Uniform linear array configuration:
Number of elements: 24
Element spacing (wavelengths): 0.75
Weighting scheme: kaiser
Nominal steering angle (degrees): -60
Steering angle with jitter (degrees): -61.77
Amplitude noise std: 0.05
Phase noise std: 0.05

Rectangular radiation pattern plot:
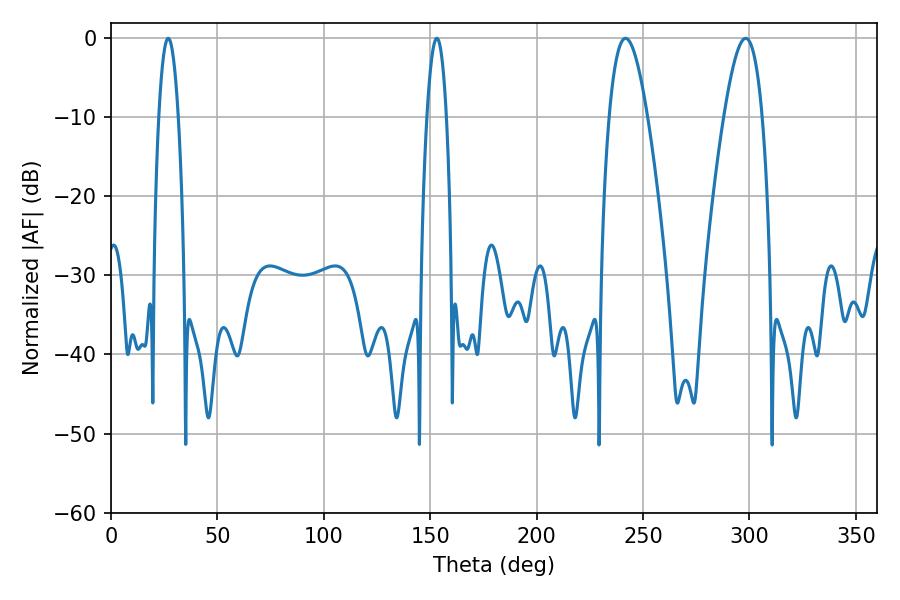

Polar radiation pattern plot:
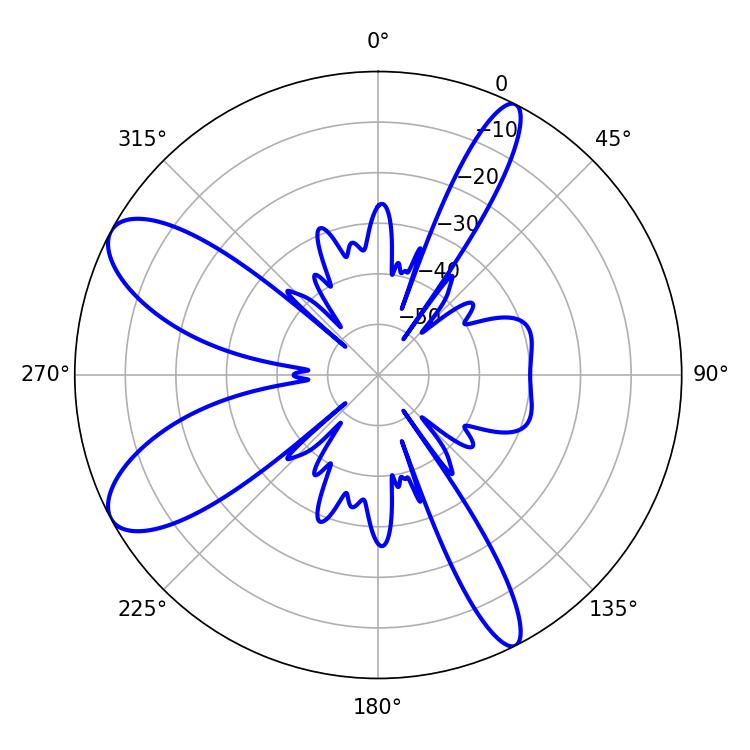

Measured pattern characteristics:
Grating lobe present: TRUE
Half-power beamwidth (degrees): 9.9
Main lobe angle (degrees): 241.74